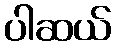
ပါဆယ်